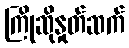
ကြိုဆိုနှုတ်ဆက်